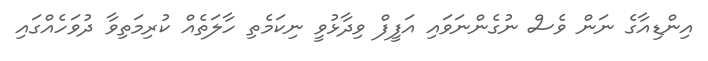
އިންޑިއާގެ ނަން ވެސް ނުގެންނަވައި އަފީފް ވިދާޅުވީ ނިކަމެތި ހާލަތެއް ކުރިމަތިވާ ދުވަހެއްގައި